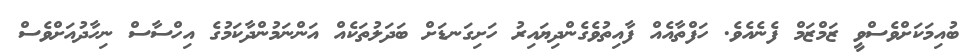
ބުއިމަކަށްވެސްވީ ޒަމްޒަމް ފެނެއެވެ. ހަފްތާއެއް ފާއިތުވެގެންދިޔައިރު ހަށިގަނޑަށް ބަދަލުތަކެއް އަންނަމުންދާކަމުގެ އިހްސާސް ނިހާދުއަށްވެސް